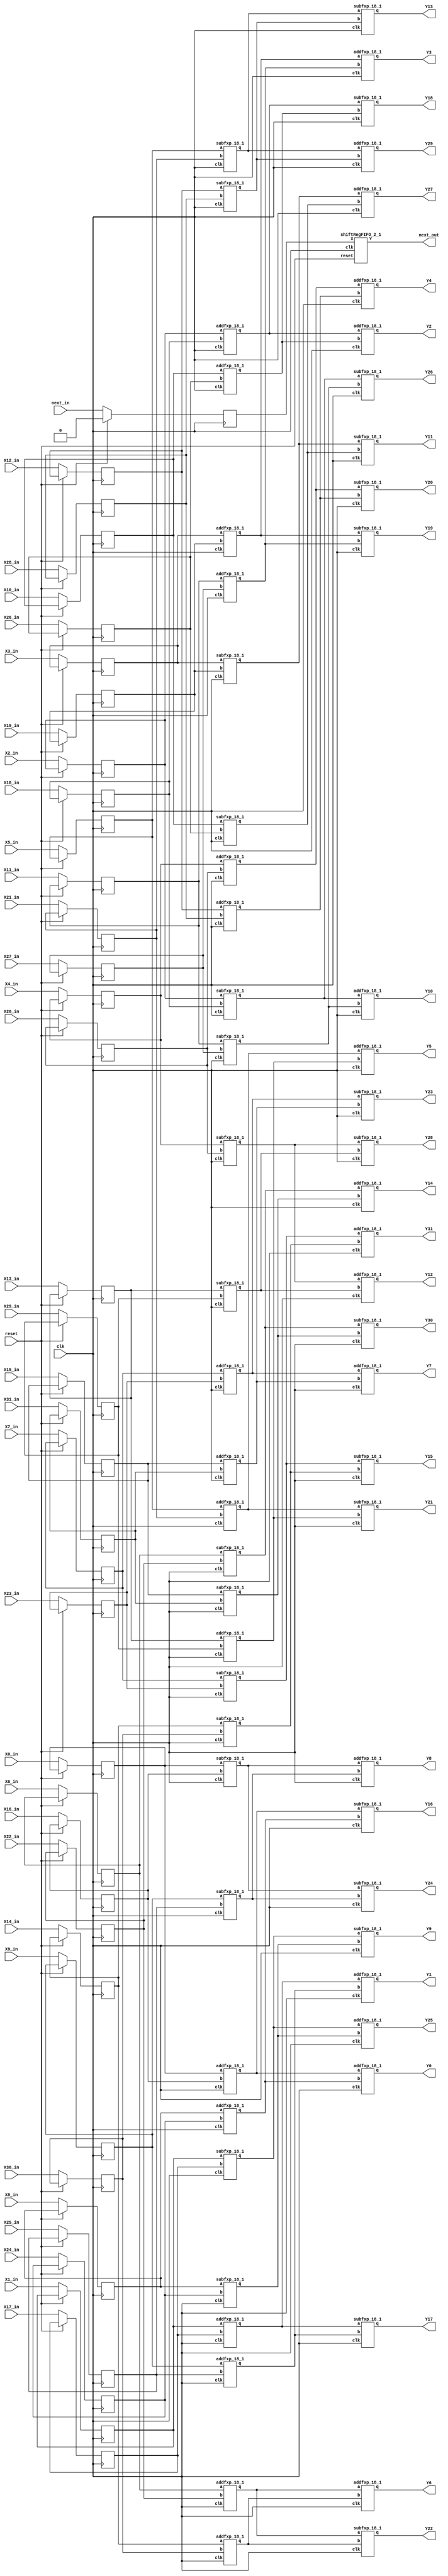
`define SIMULATION_MEMORY

module codeBlock89324_18 (
	input clk,
	input reset,
	input next_in,
	input [17:0] X0_in,
	output [17:0] Y0,
	input [17:0] X1_in,
	output [17:0] Y1,
	input [17:0] X2_in,
	output [17:0] Y2,
	input [17:0] X3_in,
	output [17:0] Y3,
	input [17:0] X4_in,
	output [17:0] Y4,
	input [17:0] X5_in,
	output [17:0] Y5,
	input [17:0] X6_in,
	output [17:0] Y6,
	input [17:0] X7_in,
	output [17:0] Y7,
	input [17:0] X8_in,
	output [17:0] Y8,
	input [17:0] X9_in,
	output [17:0] Y9,
	input [17:0] X10_in,
	output [17:0] Y10,
	input [17:0] X11_in,
	output [17:0] Y11,
	input [17:0] X12_in,
	output [17:0] Y12,
	input [17:0] X13_in,
	output [17:0] Y13,
	input [17:0] X14_in,
	output [17:0] Y14,
	input [17:0] X15_in,
	output [17:0] Y15,
	input [17:0] X16_in,
	output [17:0] Y16,
	input [17:0] X17_in,
	output [17:0] Y17,
	input [17:0] X18_in,
	output [17:0] Y18,
	input [17:0] X19_in,
	output [17:0] Y19,
	input [17:0] X20_in,
	output [17:0] Y20,
	input [17:0] X21_in,
	output [17:0] Y21,
	input [17:0] X22_in,
	output [17:0] Y22,
	input [17:0] X23_in,
	output [17:0] Y23,
	input [17:0] X24_in,
	output [17:0] Y24,
	input [17:0] X25_in,
	output [17:0] Y25,
	input [17:0] X26_in,
	output [17:0] Y26,
	input [17:0] X27_in,
	output [17:0] Y27,
	input [17:0] X28_in,
	output [17:0] Y28,
	input [17:0] X29_in,
	output [17:0] Y29,
	input [17:0] X30_in,
	output [17:0] Y30,
	input [17:0] X31_in,
	output [17:0] Y31,
	output next_out
);

reg next;
reg [17:0] X0;
reg [17:0] X1;
reg [17:0] X2;
reg [17:0] X3;
reg [17:0] X4;
reg [17:0] X5;
reg [17:0] X6;
reg [17:0] X7;
reg [17:0] X8;
reg [17:0] X9;
reg [17:0] X10;
reg [17:0] X11;
reg [17:0] X12;
reg [17:0] X13;
reg [17:0] X14;
reg [17:0] X15;
reg [17:0] X16;
reg [17:0] X17;
reg [17:0] X18;
reg [17:0] X19;
reg [17:0] X20;
reg [17:0] X21;
reg [17:0] X22;
reg [17:0] X23;
reg [17:0] X24;
reg [17:0] X25;
reg [17:0] X26;
reg [17:0] X27;
reg [17:0] X28;
reg [17:0] X29;
reg [17:0] X30;
reg [17:0] X31;

shiftRegFIFO_2_1 shiftRegFIFO_2_1_inst (
	.X(next),
	.Y(next_out),
	.reset(reset),
	.clk(clk)
);

wire  [17:0] a65;
 		wire  [17:0] a66;
 		wire  [17:0] a67;
 		wire  [17:0] a68;
 		wire  [17:0] a73;
 		wire  [17:0] a74;
 		wire  [17:0] a75;
 		wire  [17:0] a76;
 		wire  [17:0] a81;
 		wire  [17:0] a82;
 		wire  [17:0] a83;
 		wire  [17:0] a84;
 		wire  [17:0] a89;
 		wire  [17:0] a90;
 		wire  [17:0] a91;
 		wire  [17:0] a92;
 		wire  [17:0] a97;
 		wire  [17:0] a98;
 		wire  [17:0] a99;
 		wire  [17:0] a100;
 		wire  [17:0] a105;
 		wire  [17:0] a106;
 		wire  [17:0] a107;
 		wire  [17:0] a108;
 		wire  [17:0] a113;
 		wire  [17:0] a114;
 		wire  [17:0] a115;
 		wire  [17:0] a116;
 		wire  [17:0] a121;
 		wire  [17:0] a122;
 		wire  [17:0] a123;
 		wire  [17:0] a124;
 		wire  [17:0] t402;
 		wire  [17:0] t403;
 		wire  [17:0] t404;
 		wire  [17:0] t405;
 		wire  [17:0] t406;
 		wire  [17:0] t407;
 		wire  [17:0] t408;
 		wire  [17:0] t409;
 		wire  [17:0] t418;
 		wire  [17:0] t419;
 		wire  [17:0] t420;
 		wire  [17:0] t421;
 		wire  [17:0] t422;
 		wire  [17:0] t423;
 		wire  [17:0] t424;
 		wire  [17:0] t425;
 		wire  [17:0] t434;
 		wire  [17:0] t435;
 		wire  [17:0] t436;
 		wire  [17:0] t437;
 		wire  [17:0] t438;
 		wire  [17:0] t439;
 		wire  [17:0] t440;
 		wire  [17:0] t441;
 		wire  [17:0] t450;
 		wire  [17:0] t451;
 		wire  [17:0] t452;
 		wire  [17:0] t453;
 		wire  [17:0] t454;
 		wire  [17:0] t455;
 		wire  [17:0] t456;
 		wire  [17:0] t457;
 		wire  [17:0] t410;
 		wire  [17:0] t411;
 		wire  [17:0] t412;
 		wire  [17:0] t413;
 		wire  [17:0] t414;
 		wire  [17:0] t415;
 		wire  [17:0] t416;
 		wire  [17:0] t417;
 		wire  [17:0] t426;
 		wire  [17:0] t427;
 		wire  [17:0] t428;
 		wire  [17:0] t429;
 		wire  [17:0] t430;
 		wire  [17:0] t431;
 		wire  [17:0] t432;
 		wire  [17:0] t433;
 		wire  [17:0] t442;
 		wire  [17:0] t443;
 		wire  [17:0] t444;
 		wire  [17:0] t445;
 		wire  [17:0] t446;
 		wire  [17:0] t447;
 		wire  [17:0] t448;
 		wire  [17:0] t449;
 		wire  [17:0] t458;
 		wire  [17:0] t459;
 		wire  [17:0] t460;
 		wire  [17:0] t461;
 		wire  [17:0] t462;
 		wire  [17:0] t463;
 		wire  [17:0] t464;
 		wire  [17:0] t465;
assign a65 = X0;
 		assign a66 = X16;
 		assign a67 = X1;
 		assign a68 = X17;
 		assign a73 = X8;
 		assign a74 = X24;
 		assign a75 = X9;
 		assign a76 = X25;
 		assign a81 = X2;
 		assign a82 = X18;
 		assign a83 = X3;
 		assign a84 = X19;
 		assign a89 = X10;
 		assign a90 = X26;
 		assign a91 = X11;
 		assign a92 = X27;
 		assign a97 = X4;
 		assign a98 = X20;
 		assign a99 = X5;
 		assign a100 = X21;
 		assign a105 = X12;
 		assign a106 = X28;
 		assign a107 = X13;
 		assign a108 = X29;
 		assign a113 = X6;
 		assign a114 = X22;
 		assign a115 = X7;
 		assign a116 = X23;
 		assign a121 = X14;
 		assign a122 = X30;
 		assign a123 = X15;
 		assign a124 = X31;
 		assign Y0 = t410;
 		assign Y1 = t411;
 		assign Y16 = t412;
 		assign Y17 = t413;
 		assign Y8 = t414;
 		assign Y9 = t415;
 		assign Y24 = t416;
 		assign Y25 = t417;
 		assign Y2 = t426;
 		assign Y3 = t427;
 		assign Y18 = t428;
 		assign Y19 = t429;
 		assign Y10 = t430;
 		assign Y11 = t431;
 		assign Y26 = t432;
 		assign Y27 = t433;
 		assign Y4 = t442;
 		assign Y5 = t443;
 		assign Y20 = t444;
 		assign Y21 = t445;
 		assign Y12 = t446;
 		assign Y13 = t447;
 		assign Y28 = t448;
 		assign Y29 = t449;
 		assign Y6 = t458;
 		assign Y7 = t459;
 		assign Y22 = t460;
 		assign Y23 = t461;
 		assign Y14 = t462;
 		assign Y15 = t463;
 		assign Y30 = t464;
 		assign Y31 = t465;

addfxp_18_1 add89336(.a(a65), .b(a66), .clk(clk), .q(t402));
 		addfxp_18_1 add89351(.a(a67), .b(a68), .clk(clk), .q(t403));
 		subfxp_18_1 sub89366(.a(a65), .b(a66), .clk(clk), .q(t404));
 		subfxp_18_1 sub89381(.a(a67), .b(a68), .clk(clk), .q(t405));
 		addfxp_18_1 add89396(.a(a73), .b(a74), .clk(clk), .q(t406));
 		addfxp_18_1 add89411(.a(a75), .b(a76), .clk(clk), .q(t407));
 		subfxp_18_1 sub89426(.a(a73), .b(a74), .clk(clk), .q(t408));
 		subfxp_18_1 sub89441(.a(a75), .b(a76), .clk(clk), .q(t409));
 		addfxp_18_1 add89544(.a(a81), .b(a82), .clk(clk), .q(t418));
 		addfxp_18_1 add89559(.a(a83), .b(a84), .clk(clk), .q(t419));
 		subfxp_18_1 sub89574(.a(a81), .b(a82), .clk(clk), .q(t420));
 		subfxp_18_1 sub89589(.a(a83), .b(a84), .clk(clk), .q(t421));
 		addfxp_18_1 add89604(.a(a89), .b(a90), .clk(clk), .q(t422));
 		addfxp_18_1 add89619(.a(a91), .b(a92), .clk(clk), .q(t423));
 		subfxp_18_1 sub89634(.a(a89), .b(a90), .clk(clk), .q(t424));
 		subfxp_18_1 sub89649(.a(a91), .b(a92), .clk(clk), .q(t425));
 		addfxp_18_1 add89752(.a(a97), .b(a98), .clk(clk), .q(t434));
 		addfxp_18_1 add89767(.a(a99), .b(a100), .clk(clk), .q(t435));
 		subfxp_18_1 sub89782(.a(a97), .b(a98), .clk(clk), .q(t436));
		subfxp_18_1 sub89797(.a(a99), .b(a100), .clk(clk), .q(t437));
 		addfxp_18_1 add89812(.a(a105), .b(a106), .clk(clk), .q(t438));
 		addfxp_18_1 add89827(.a(a107), .b(a108), .clk(clk), .q(t439));
 		subfxp_18_1 sub89842(.a(a105), .b(a106), .clk(clk), .q(t440));
 		subfxp_18_1 sub89857(.a(a107), .b(a108), .clk(clk), .q(t441));
 		addfxp_18_1 add89960(.a(a113), .b(a114), .clk(clk), .q(t450));
 		addfxp_18_1 add89975(.a(a115), .b(a116), .clk(clk), .q(t451));
 		subfxp_18_1 sub89990(.a(a113), .b(a114), .clk(clk), .q(t452));
 		subfxp_18_1 sub90005(.a(a115), .b(a116), .clk(clk), .q(t453));
 		addfxp_18_1 add90020(.a(a121), .b(a122), .clk(clk), .q(t454));
 		addfxp_18_1 add90035(.a(a123), .b(a124), .clk(clk), .q(t455));
 		subfxp_18_1 sub90050(.a(a121), .b(a122), .clk(clk), .q(t456));
 		subfxp_18_1 sub90065(.a(a123), .b(a124), .clk(clk), .q(t457));
 		addfxp_18_1 add89448(.a(t402), .b(t406), .clk(clk), .q(t410));
 		addfxp_18_1 add89455(.a(t403), .b(t407), .clk(clk), .q(t411));
 		subfxp_18_1 sub89462(.a(t402), .b(t406), .clk(clk), .q(t412));
 		subfxp_18_1 sub89469(.a(t403), .b(t407), .clk(clk), .q(t413));
 		addfxp_18_1 add89492(.a(t404), .b(t409), .clk(clk), .q(t414));
 		subfxp_18_1 sub89499(.a(t405), .b(t408), .clk(clk), .q(t415));
 		subfxp_18_1 sub89506(.a(t404), .b(t409), .clk(clk), .q(t416));
 		addfxp_18_1 add89513(.a(t405), .b(t408), .clk(clk), .q(t417));
 		addfxp_18_1 add89656(.a(t418), .b(t422), .clk(clk), .q(t426));
 		addfxp_18_1 add89663(.a(t419), .b(t423), .clk(clk), .q(t427));
 		subfxp_18_1 sub89670(.a(t418), .b(t422), .clk(clk), .q(t428));
 		subfxp_18_1 sub89677(.a(t419), .b(t423), .clk(clk), .q(t429));
 		addfxp_18_1 add89700(.a(t420), .b(t425), .clk(clk), .q(t430));
 		subfxp_18_1 sub89707(.a(t421), .b(t424), .clk(clk), .q(t431));
 		subfxp_18_1 sub89714(.a(t420), .b(t425), .clk(clk), .q(t432));
 		addfxp_18_1 add89721(.a(t421), .b(t424), .clk(clk), .q(t433));
 		addfxp_18_1 add89864(.a(t434), .b(t438), .clk(clk), .q(t442));
 		addfxp_18_1 add89871(.a(t435), .b(t439), .clk(clk), .q(t443));
 		subfxp_18_1 sub89878(.a(t434), .b(t438), .clk(clk), .q(t444));
 		subfxp_18_1 sub89885(.a(t435), .b(t439), .clk(clk), .q(t445));
 		addfxp_18_1 add89908(.a(t436), .b(t441), .clk(clk), .q(t446));
 		subfxp_18_1 sub89915(.a(t437), .b(t440), .clk(clk), .q(t447));
 		subfxp_18_1 sub89922(.a(t436), .b(t441), .clk(clk), .q(t448));
 		addfxp_18_1 add89929(.a(t437), .b(t440), .clk(clk), .q(t449));
 		addfxp_18_1 add90072(.a(t450), .b(t454), .clk(clk), .q(t458));
 		addfxp_18_1 add90079(.a(t451), .b(t455), .clk(clk), .q(t459));
 		subfxp_18_1 sub90086(.a(t450), .b(t454), .clk(clk), .q(t460));
 		subfxp_18_1 sub90093(.a(t451), .b(t455), .clk(clk), .q(t461));
 		addfxp_18_1 add90116(.a(t452), .b(t457), .clk(clk), .q(t462));
 		subfxp_18_1 sub90123(.a(t453), .b(t456), .clk(clk), .q(t463));
 		subfxp_18_1 sub90130(.a(t452), .b(t457), .clk(clk), .q(t464));
 		addfxp_18_1 add90137(.a(t453), .b(t456), .clk(clk), .q(t465));

always @(posedge clk) begin
	if (reset == 1) begin
		next <= 1'b0;
	end else begin
		X0 <= X0_in;
		X1 <= X1_in;
		X2 <= X2_in;
		X3 <= X3_in;
		X4 <= X4_in;
		X5 <= X5_in;
		X6 <= X6_in;
		X7 <= X7_in;
		X8 <= X8_in;
		X9 <= X9_in;
		X10 <= X10_in;
		X11 <= X11_in;
		X12 <= X12_in;
		X13 <= X13_in;
		X14 <= X14_in;
		X15 <= X15_in;
		X16 <= X16_in;
		X17 <= X17_in;
		X18 <= X18_in;
		X19 <= X19_in;
		X20 <= X20_in;
		X21 <= X21_in;
		X22 <= X22_in;
		X23 <= X23_in;
		X24 <= X24_in;
		X25 <= X25_in;
		X26 <= X26_in;
		X27 <= X27_in;
		X28 <= X28_in;
		X29 <= X29_in;
		X30 <= X30_in;
		X31 <= X31_in;
		next <= next_in;
	end
end

endmodule
//[second_phase_finishes]
module addfxp_18_1 (
	input [17:0] a,
	input [17:0] b,
	input clk,
	output [17:0] q
);

reg [17:0] res_0;
assign q = res_0;

always @(posedge clk) begin
	res_0 <= a + b;
end

endmodule

module shiftRegFIFO_2_1 (
	input [0:0] X,
	output [0:0] Y,
	input reset,
	input clk
);

reg [0:0] mem_0;
reg [0:0] mem_1;
assign Y = mem_1;

always @ (posedge clk) begin
	if (reset) begin
		mem_0 <= 0;
		mem_1 <= 0;
	end else begin
		mem_1 <= mem_0;
		mem_0 <= X;
	end
end

endmodule

module subfxp_18_1 (
	input [17:0] a,
	input [17:0] b,
	input clk,
	output [17:0] q
);

reg [17:0] res_0;
assign q = res_0;

always @(posedge clk) begin
	res_0 <= a + b;
end

endmodule